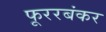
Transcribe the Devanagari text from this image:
फूररबंकर